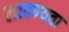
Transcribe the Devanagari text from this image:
लावण्‍यता